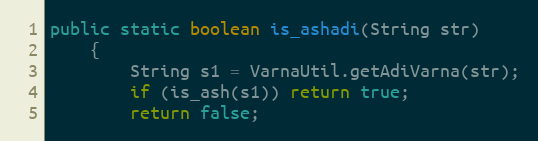
Language: Java
public static boolean is_ashadi(String str)
    {
        String s1 = VarnaUtil.getAdiVarna(str);
        if (is_ash(s1)) return true;
        return false;